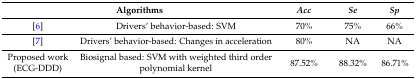
<table><thead><tr><td colspan="2"><b>Algorithms</b></td><td><b><i>Acc</i></b></td><td><b><i>Se</i></b></td><td><b><i>Sp</i></b></td></tr></thead><tbody><tr><td>[6]</td><td>Drivers’ behavior-based: SVM</td><td>70%</td><td>75%</td><td>66%</td></tr><tr><td>[7]</td><td>Drivers’ behavior-based: Changes in acceleration</td><td>80%</td><td>NA</td><td>NA</td></tr><tr><td>Proposed work (ECG-DDD)</td><td>Biosignal based: SVM with weighted third order polynomial kernel</td><td>87.52%</td><td>88.32%</td><td>86.71%</td></tr></tbody></table>